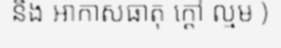
និង អាកាសធាតុ ក្តៅ ល្មម )